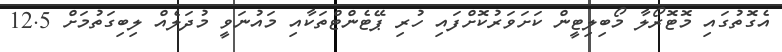
އެގޮތުގައި މޮޓޮރޯލާ މޯބިލިޓީން ކަށަވަރުކޮށްފައި ހުރި ޕޭޓެންޓްތަކާއި މައުނަވީ މުދަލެއް ލިބިގަތުމަށް 12.5